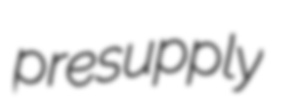
presupply